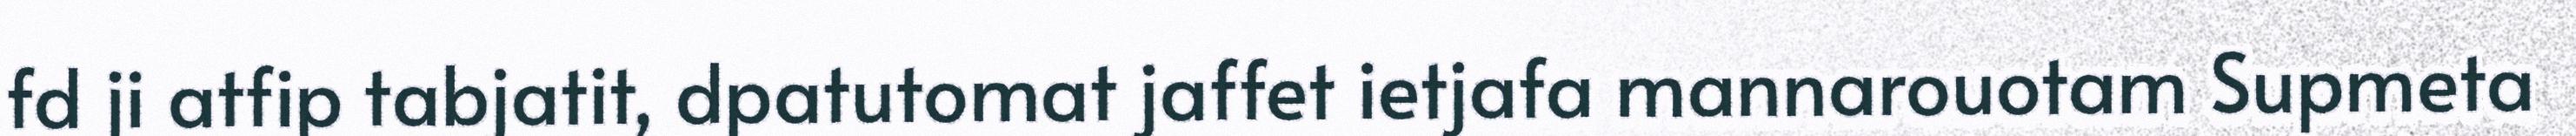
fd ji atfip tabjatit, dpatutomat jaffet ietjafa mannarouotam Supmeta